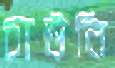
চাউনি